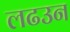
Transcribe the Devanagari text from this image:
लढउन